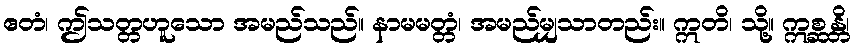
ဧတံ၊ ဤသတ္တဟူသော အမည်သည်။ နာမမတ္တံ၊ အမည်မျှသာတည်း။ ဣတိ၊ သို့။ ဣစ္ဆန္တိ၊